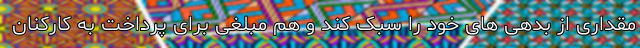
مقداری از بدهی ‌های خود را سبک کند و هم مبلغی برای پرداخت به کارکنان